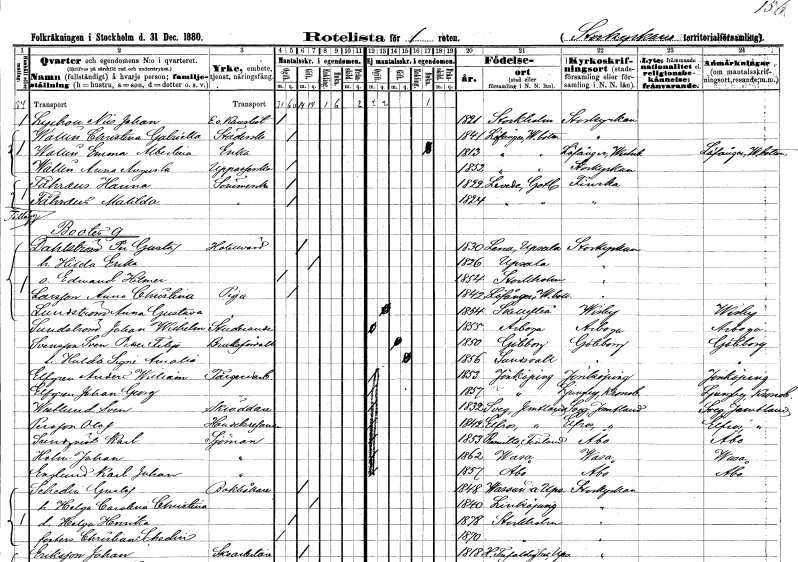
gt_parse: households: individuals: FN: Nils Johan
EN: Lychou
YRKE: Kanslist e.o.
KON: M
CIV: O
FODAR: 1821
FODFORS: Stockholm
FN: Christina Gabriella
EN: Wallin
YRKE: Städerska
KON: K
CIV: O
FODAR: 1841
FODFORS: Lövånger Västerbottens län
FN: Emma Albertina
EN: Wallin
YRKE: Änka
KON: K
CIV: E
FODAR: 1813
FODFORS: Lövånger Västerbottens län
FN: Anna Augusta
EN: Wallin
YRKE: Uppasserska
KON: K
CIV: O
FODAR: 1852
FODFORS: Lövånger Västerbottens län
FN: Hanna
EN: Fåhraus
YRKE: Sömmerska
KON: K
CIV: O
FODAR: 1822
FODFORS: Levide Gotlands län
FN: Matilda
EN: Fåhraus
YRKE: Sömmerska
KON: K
CIV: O
FODAR: 1824
FODFORS: Levide Gotlands län
FN: Per Gustaf
EN: Dahlström
YRKE: Hotellvärd
KON: M
CIV: G
FODAR: 1830
FODFORS: Lena Uppsala län
FN: Hilda Erika
KON: K
CIV: G
FODAR: 1826
FODFORS: Uppsala Uppsala län
FN: Edward Hilmer
KON: M
CIV: O
FODAR: 1854
FODFORS: Stockholm
FN: Anna Christina
EN: Larsson
YRKE: Piga
KON: K
CIV: O
FODAR: 1842
FODFORS: Lövånger Västerbottens län
FN: Anna Gustava
EN: Lundström
KON: K
CIV: O
FODAR: 1854
FODFORS: Skellefteå Västerbottens län
FN: Johan Wilhelm
EN: Sundström
YRKE: Studerande
KON: M
CIV: O
FODAR: 1855
FODFORS: Arboga Västmanlands län
FN: Sven Petter Filip
EN: Svensson
YRKE: Bruksförvaltare
KON: M
CIV: G
FODAR: 1850
FODFORS: Göteborg Göteborgs- och Bohuslän
FN: Hulda Signe Amalia
KON: K
CIV: G
FODAR: 1856
FODFORS: Sundsvall Västernorrlands län
FN: Anders William
EN: Elfgren
YRKE: Färgeriarbetare
KON: M
CIV: O
FODAR: 1853
FODFORS: Jönköping Jönköpings län
FN: Johan Georg
EN: Elfgren
YRKE: Färgeriarbetare
KON: M
CIV: O
FODAR: 1857
FODFORS: Jönköping Jönköpings län
FN: Sven
EN: Westlund
YRKE: Skräddare
KON: M
CIV: O
FODAR: 1832
FODFORS: Sveg Jämtlands län
FN: Olof
EN: Persson
YRKE: Handelsresande
KON: M
CIV: O
FODAR: 1842
FODFORS: Älvros Jämtlands län
FN: Karl
EN: Sundqvist
YRKE: Sjöman
KON: M
CIV: O
FODAR: 1853
FN: Johan
EN: Holm
YRKE: Sjöman
KON: M
CIV: O
FODAR: 1862
FN: Karl Johan
EN: Englund
YRKE: Sjöman
KON: M
CIV: O
FODAR: 1857
FN: Gustaf
EN: Schedin
YRKE: Bokhållare
KON: M
CIV: G
FODAR: 1848
FODFORS: Vassunda Uppsala län
FN: Helga Carolina Christina
KON: K
CIV: G
FODAR: 1840
FODFORS: Linköping Östergötlands län